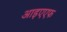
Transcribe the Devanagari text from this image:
आइएएफ